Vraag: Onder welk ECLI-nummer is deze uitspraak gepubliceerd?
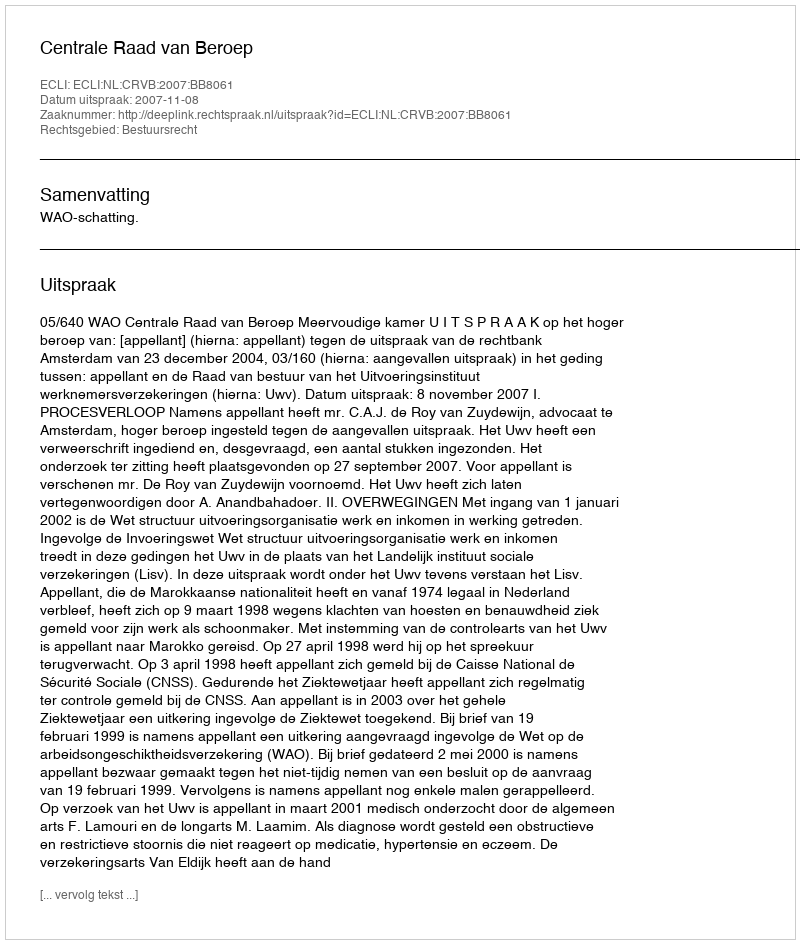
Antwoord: ECLI:NL:CRVB:2007:BB8061